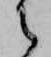
之